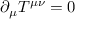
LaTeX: \partial _ { \mu } T ^ { \mu \nu } = 0